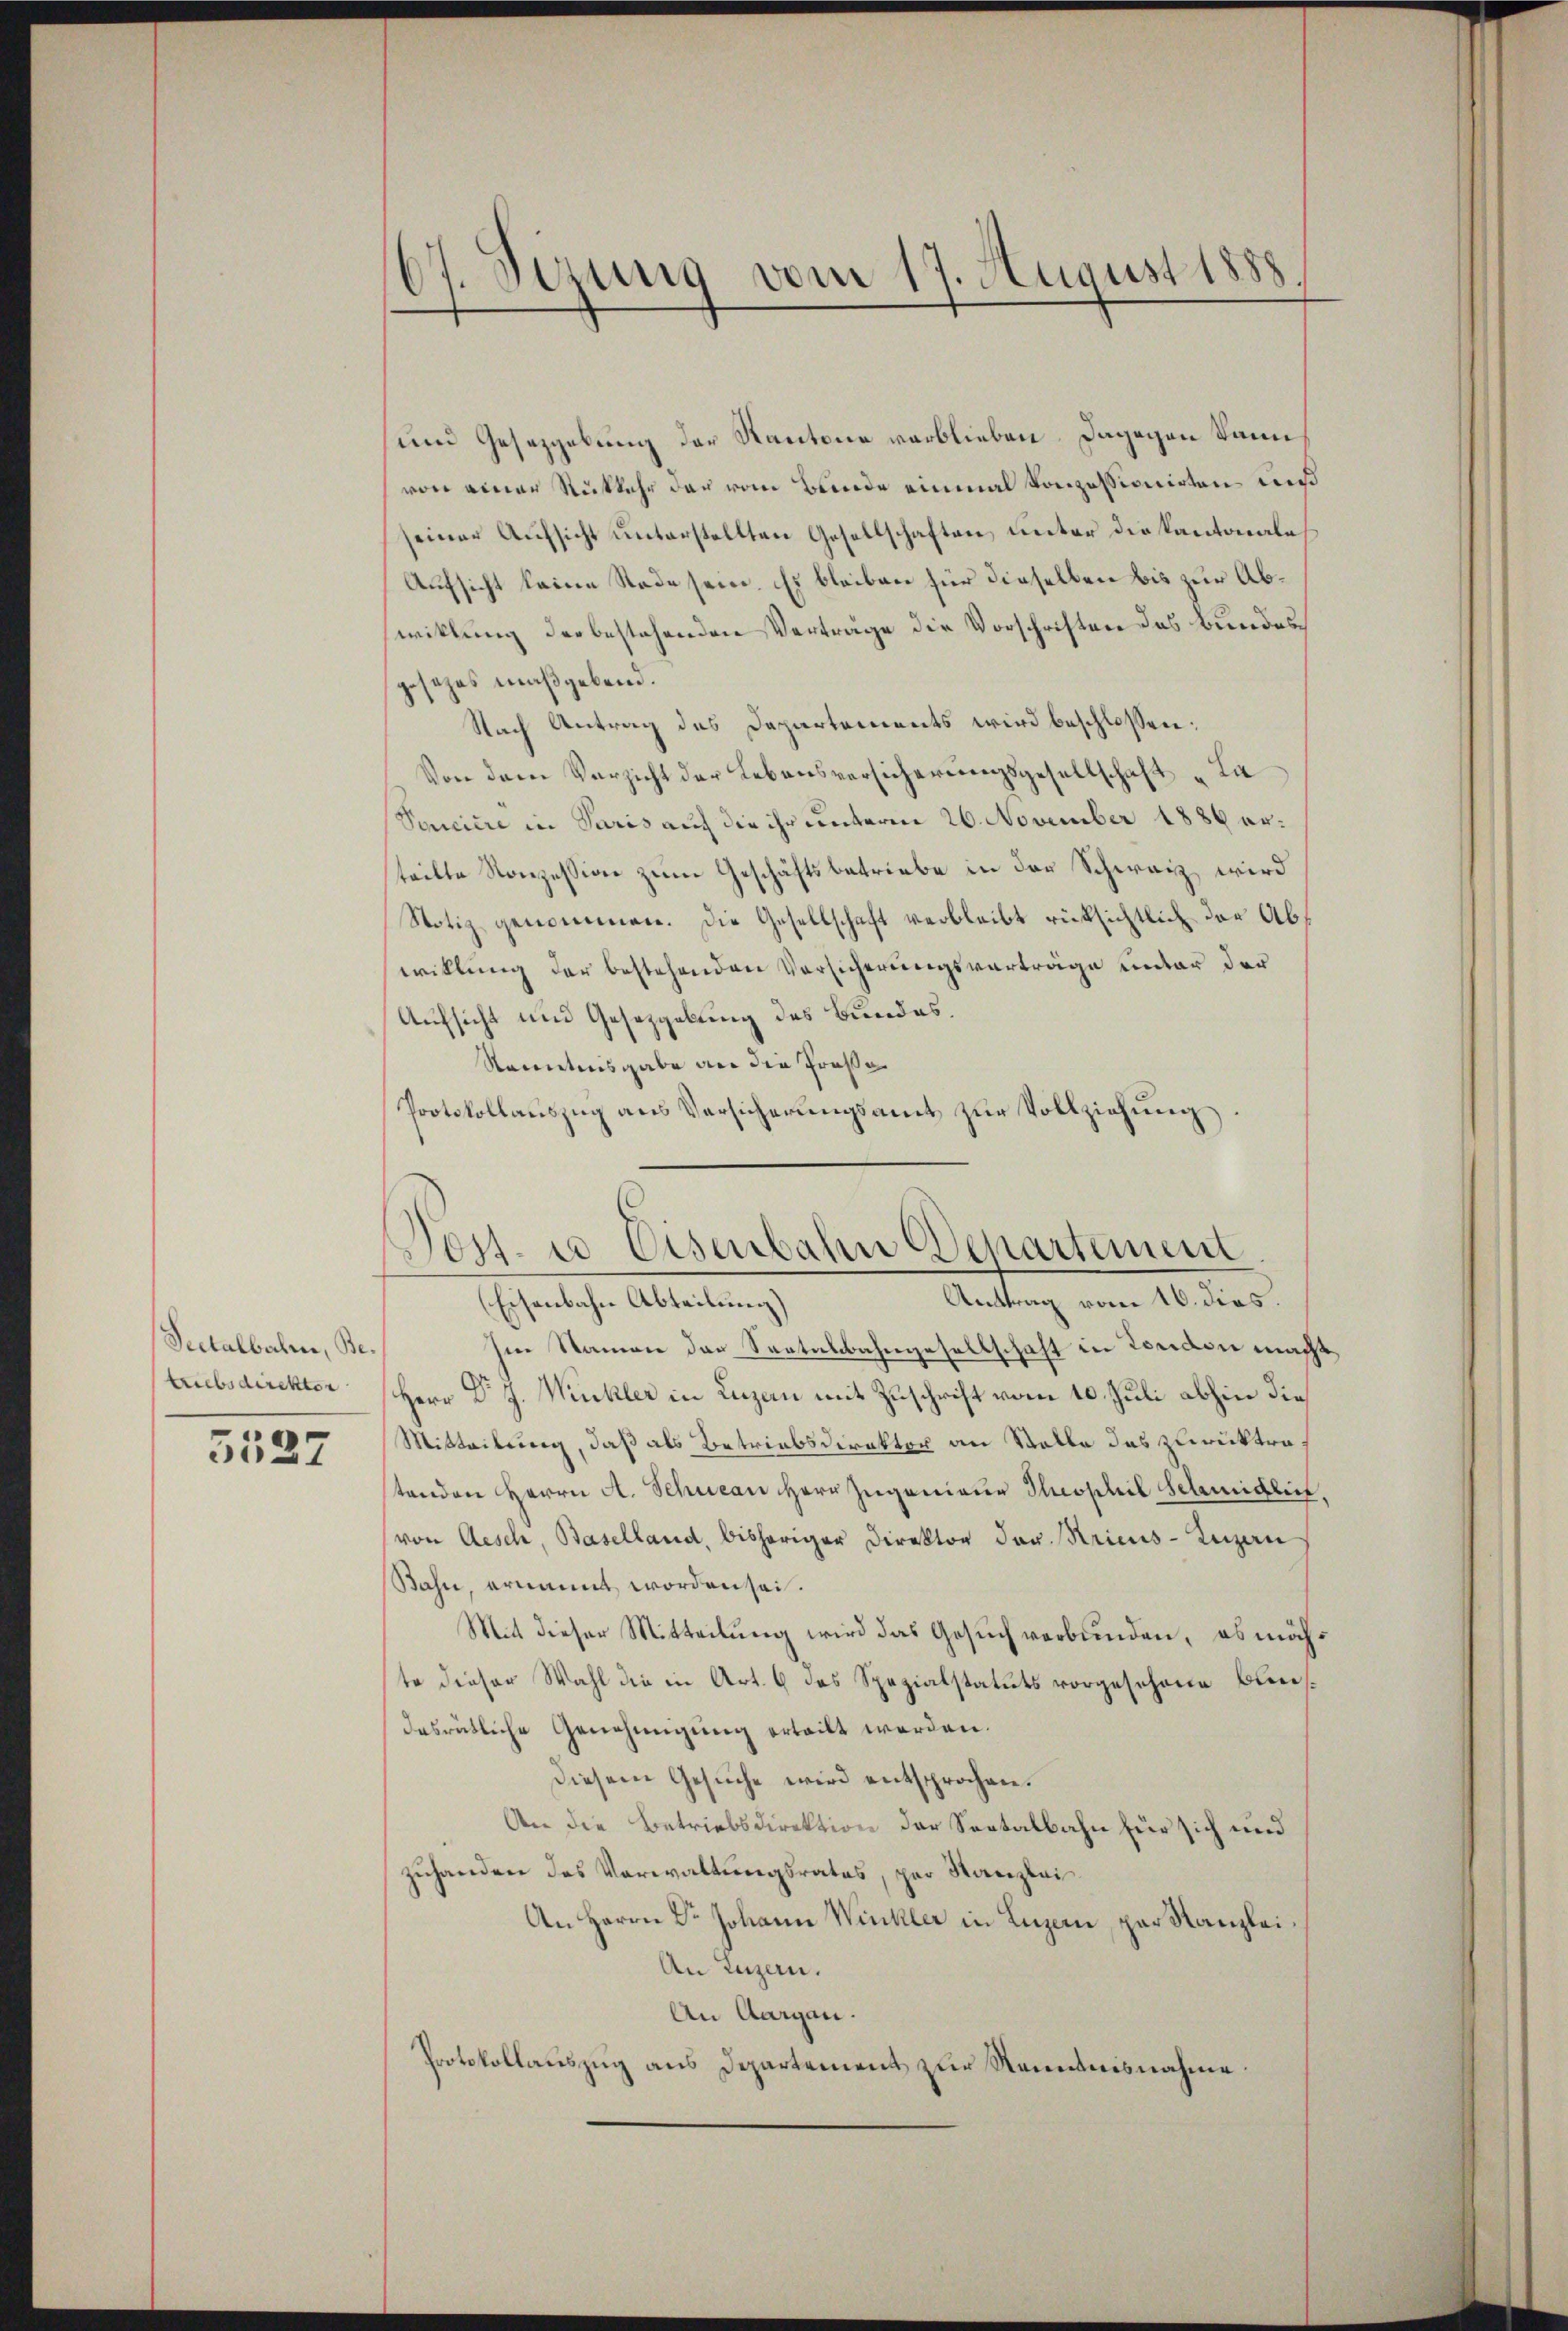
Seetalbahren, Betriebsdirekter

3127

07. Sezung vom 17. August 1888.

und Gesetzgebung der Kantone verblieben. Dagegen kann
von einer Rückkehr der vom Bunde einmal konzessionirten und
seiner Aufsicht unterstellten Gesellschaften, unter die Kantonale
Aufsicht keine Rede sein. Es bleiben für dieselben bis zur Abwiklung der bestehenden Vertrage die Vorschriften das Bundesgesezes maßgebend.
Nach Antrag des Dapartements wird beschlossen:
Von dem Verzicht der Lebensversicherungsgesellschaft „La
Secice in Paris auf die ihr unterm 26. November 1886 erteilte Konzession zum Geschäftsbetriebe in der Schwarz, wird
Notiz genommen. Die Gesellschaft verbleibt rücksichtlich der Abwillung der bestehenden Versicherungsverträge unter der
Aufsicht und Gesetzgebung des Bundes.
Kenntnisgabe an die Große
Protokollauszug aus Versicherungsamt zur Vollziehung

Eisenbahn Abteilung)
hin Namen der Saatalbahngesellschaft in London macht
Herr Dr. J. Winkler in Luzen mit Zuschrift vom 10. Juli abhin die
Mitteilung, daß als Betriebsdirektor an Stalle das zurücktrastenden Herrn A. Schucan Herr Ingenieur Theophil Schmidlin,
von Aesch, Baselland, bisheriger Direktor der Kricus-Luzern
Bahn, ernannt worden sei.
Mit dieser Mitteilung wird das Gesuch verbunden, es möchte dieser Wahl die in Art. 6 des Spezialstatuts vorgesehene Bundasrütliche Genehmigung erteilt werden
Diesem Gesuche wird entsprochen.
An die Betriebsdirektion der Seetalbahn für sich und
zuhanden des Verwaltungsrates, per Stanzlei
An Herrn Dr. Johann Winkler in Luzern, par Kanzlei
An Luzern.
An Aargau
Protokollauszug aus Departement zur Nenntnisnahme.

Post- u Eisenbahn Departement
Anttrag vom 16. dies